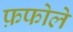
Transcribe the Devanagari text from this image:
फ़फोले